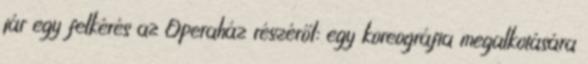
jár egy felkérés az Operaház részéről: egy koreográfia megalkotására